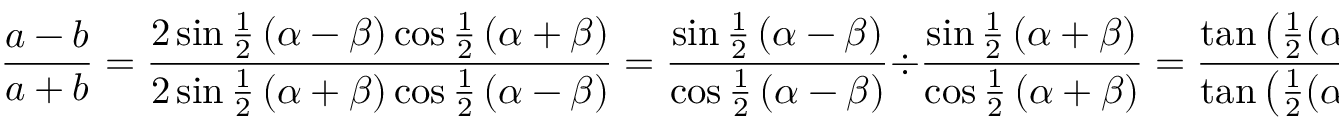
{ \frac { a - b } { a + b } } = { \frac { 2 \sin { \frac { 1 } { 2 } } \left( \alpha - \beta \right) \cos { \frac { 1 } { 2 } } \left( \alpha + \beta \right) } { 2 \sin { \frac { 1 } { 2 } } \left( \alpha + \beta \right) \cos { \frac { 1 } { 2 } } \left( \alpha - \beta \right) } } = { \frac { \sin { \frac { 1 } { 2 } } \left( \alpha - \beta \right) } { \cos { \frac { 1 } { 2 } } \left( \alpha - \beta \right) } } \div { \frac { \sin { \frac { 1 } { 2 } } \left( \alpha + \beta \right) } { \cos { \frac { 1 } { 2 } } \left( \alpha + \beta \right) } } = { \frac { \tan \left( { \frac { 1 } { 2 } } ( \alpha - \beta ) \right) } { \tan \left( { \frac { 1 } { 2 } } ( \alpha + \beta ) \right) } } .